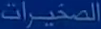
الصخيرة